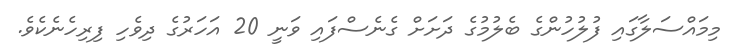
މިމައްސަލާގައި ފުލުހުންގެ ބެލުމުގެ ދަށަށް ގެނެސްފައި ވަނީ 20 އަހަރުގެ ދިވެހި ފިރިހެނެކެވެ.